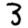
Digit: 3